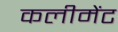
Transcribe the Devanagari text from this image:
कलीमेंट